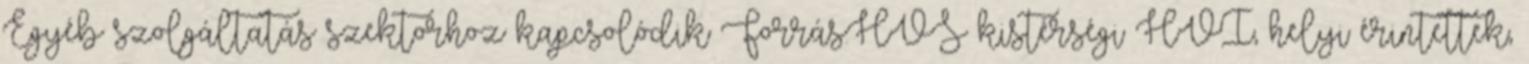
Egyéb szolgáltatás szektorhoz kapcsolódik Forrás:HVS kistérségi HVI, helyi érintettek,